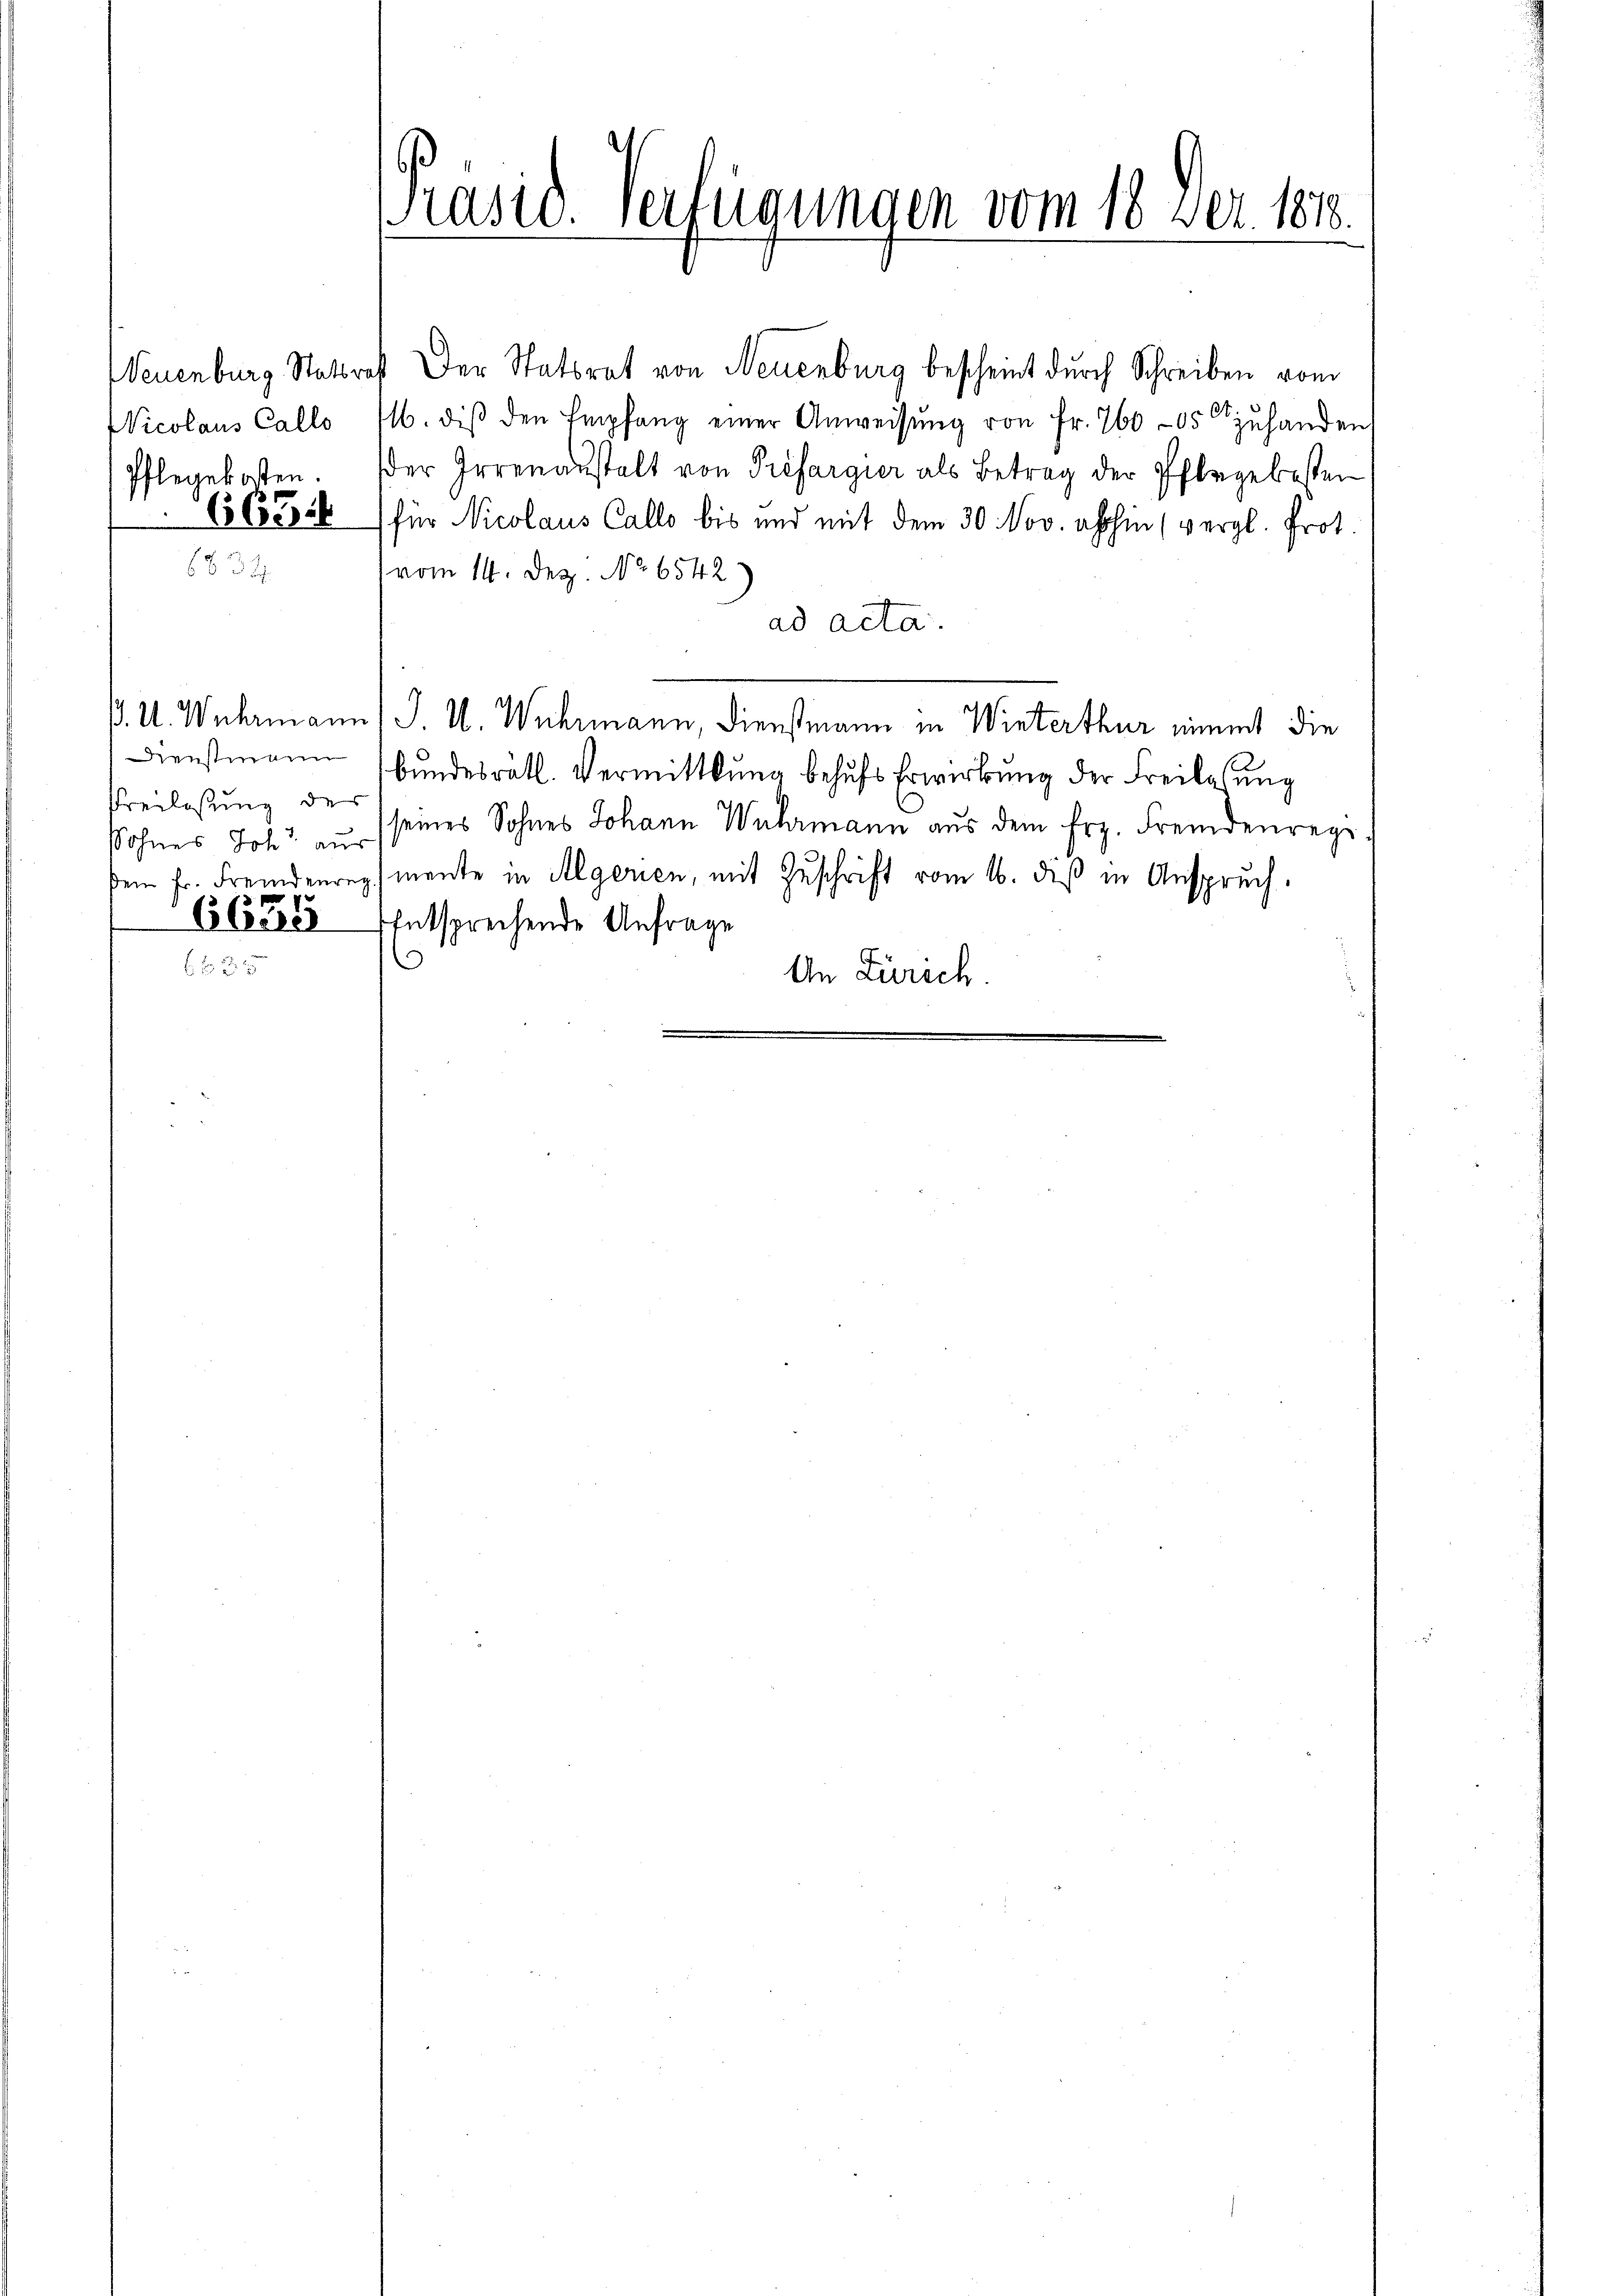
Wicolaus Callo
Pflegekosten.
6654

Freilassung des
Sohnes Joh. aus

Neuenburg Stattrest Der Statsrat von Neuenburg bescheint durch Schreiben vom
16. diβ den Empfang einer Anweisung von Fr. 760 - 15 zuhanden,
der Irrenanstalt von Préfargier als Betrag der Pflege besten
für Nicolaus Callo bis und mit dem 30. Nov. abhin (vergl. Prot.
vom 14. Dez. No. 6542
ad acta.
ß. U. Wuhrmann (J. U. Wuhrmann, Dienstmann in Winterthur nimmt die
Dienstmann bundesrätl. Vermittlung behufs Erwirkung der Freilasung
seines Sohnes Johann Wuhrmann aus dem Frz. Fremdenregi
dem fr. Fremdenregmente in Algerien, mit Zŭschrift vom 16. diβ in Anspruch.
65. 628 Entsprechende Anfrage
s
An Zürich.

Präsid.. Verfügungen vom 18. ver. 1818.